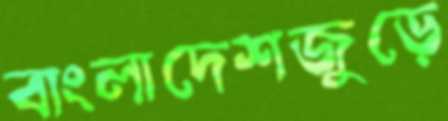
বাংলাদেশজুড়ে